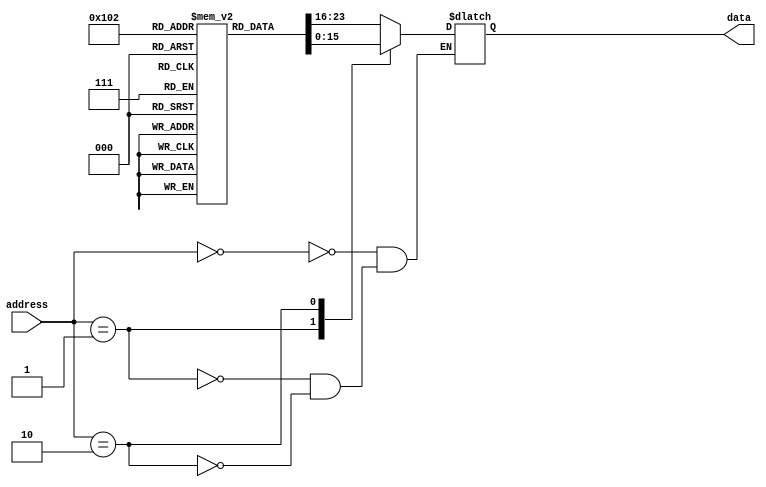
module PROM(
    input wire [7:0] address,
    output reg [7:0] data
);

reg [7:0] memory[0:255]; // array of memory blocks

initial begin
    // programming the memory blocks with desired data values
    memory[0] = 8'h0A;
    memory[1] = 8'h1B;
    memory[2] = 8'h2C;
    // continue programming remaining memory blocks
end

always @(*) begin
    case(address)
        8'h00: data = memory[0];
        8'h01: data = memory[1];
        8'h02: data = memory[2];
        // add more cases for remaining memory blocks
    endcase
end

endmodule